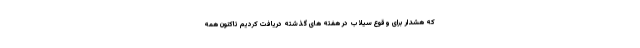
که هشدار برای وقوع سیلاب در هفته های گذشته دریافت کردیم تاکنون همه